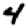
Digit: 4